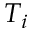
T _ { i }